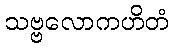
သဗ္ဗလောကဟိတံ